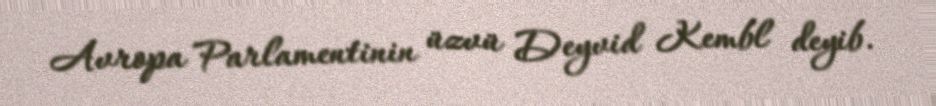
Avropa Parlamentinin üzvü Deyvid Kembl deyib.